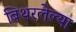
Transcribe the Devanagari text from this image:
बिथरलेल्या